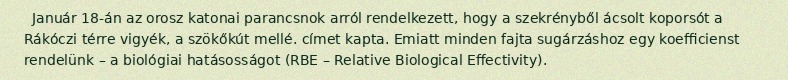
Január 18-án az orosz katonai parancsnok arról rendelkezett, hogy a szekrényből ácsolt koporsót a Rákóczi térre vigyék, a szökőkút mellé. címet kapta. Emiatt minden fajta sugárzáshoz egy koefficienst rendelünk – a biológiai hatásosságot (RBE – Relative Biological Effectivity).